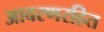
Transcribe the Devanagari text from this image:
आवरणरहित